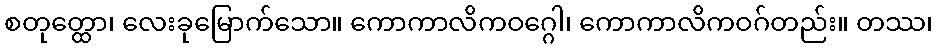
စတုတ္ထော၊ လေးခုမြောက်သော။ ကောကာလိကဝဂ္ဂေါ၊ ကောကာလိကဝဂ်တည်း။ တဿ၊